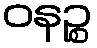
ဝနဉ္စ